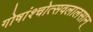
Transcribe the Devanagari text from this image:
गोषांश्चोत्सवलालसान्‌